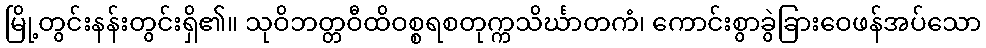
မြို့တွင်းနန်းတွင်းရှိ၏။ သုဝိဘတ္တဝီထိဝစ္စရစတုက္ကသိင်္ဃာတကံ၊ ကောင်းစွာခွဲခြားဝေဖန်အပ်သော